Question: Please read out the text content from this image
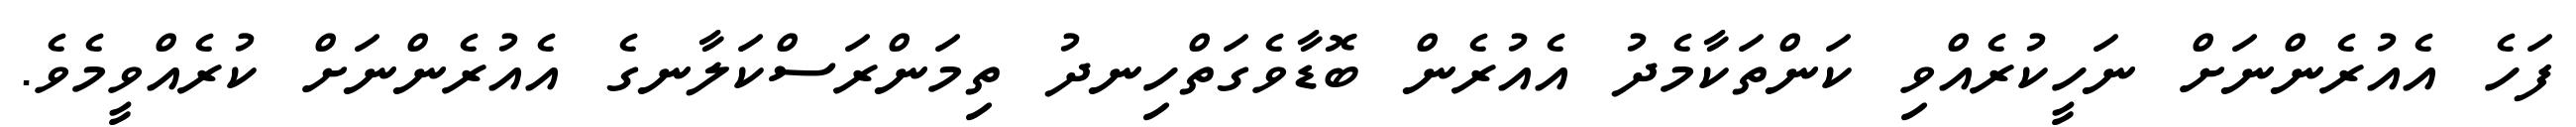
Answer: ފަހެ އެއުރެންނަށް ނަހީކުރެއްވި ކަންތަކާމެދު އެއުރެން ބޮޑާވެގަތްހިނދު ތިމަންރަސްކަލާނގެ އެއުރެންނަށް ކުރެއްވީމެވެ.